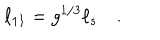
LaTeX: \ell _ { 1 1 } = g ^ { 1 / 3 } \ell _ { s } \quad .